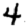
Digit: 4